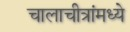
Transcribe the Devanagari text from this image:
चालाचीत्रांमध्ये